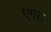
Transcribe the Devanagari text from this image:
एगस